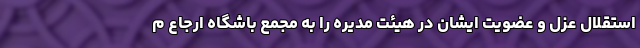
استقلال عزل و عضویت ایشان در هیئت مدیره را به مجمع باشگاه ارجاع م